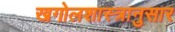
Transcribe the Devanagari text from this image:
खगोलशास्त्रानुसार